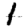
Digit: 1